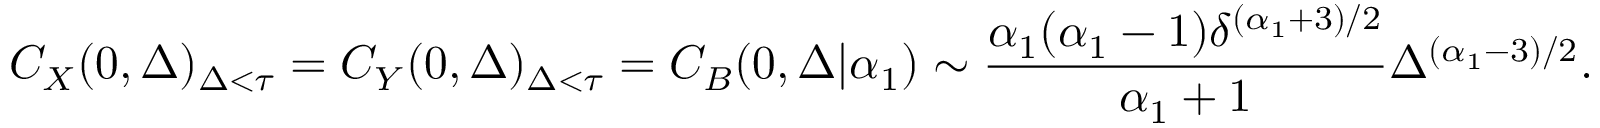
C _ { X } ( 0 , \Delta ) _ { \Delta < \tau } = C _ { Y } ( 0 , \Delta ) _ { \Delta < \tau } = C _ { B } ( 0 , \Delta | \alpha _ { 1 } ) \sim \frac { \alpha _ { 1 } ( \alpha _ { 1 } - 1 ) \delta ^ { ( \alpha _ { 1 } + 3 ) / 2 } } { \alpha _ { 1 } + 1 } \Delta ^ { ( \alpha _ { 1 } - 3 ) / 2 } .